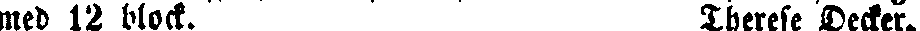
med 12 block. Therese Decker.